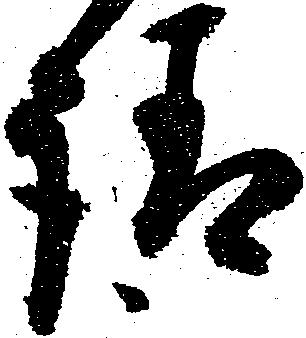
請